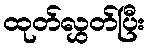
ထုတ်လွှတ်ပြီး